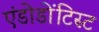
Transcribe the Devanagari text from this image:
एंडोडोंटिस्ट